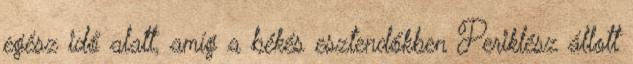
egész idő alatt, amíg a békés esztendőkben Periklész állott